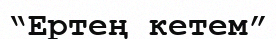
“Ертең кетем”